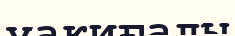
уақиғалы